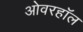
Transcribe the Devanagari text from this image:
ओवरहॉल